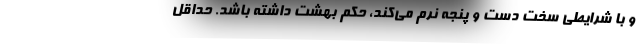
و با شرایطی سخت دست و پنجه نرم می‌کند، حکم بهشت داشته باشد. حداقل